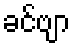
ခင်ဗျာ